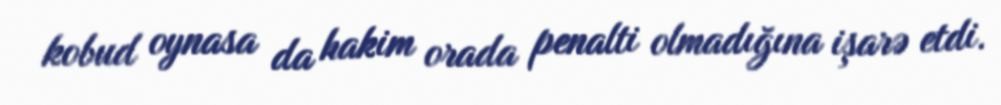
kobud oynasa da hakim orada penalti olmadığına işarə etdi.